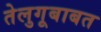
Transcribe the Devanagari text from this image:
तेलुगूबाबत